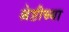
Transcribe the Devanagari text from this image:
श्रेष्ठीच्या